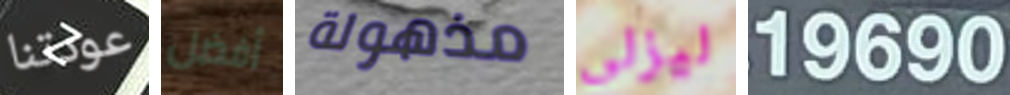
عودتنا أفضل مذهولة ليزلي 19690